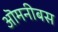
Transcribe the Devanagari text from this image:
ऒमनीबस